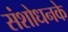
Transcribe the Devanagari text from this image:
संशोधनके